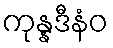
ကုန္နဒီနံဝ